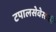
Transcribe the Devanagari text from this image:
टपालसेवेसाठी